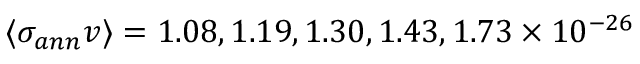
\langle \sigma _ { a n n } v \rangle = 1 . 0 8 , 1 . 1 9 , 1 . 3 0 , 1 . 4 3 , 1 . 7 3 \times 1 0 ^ { - 2 6 }